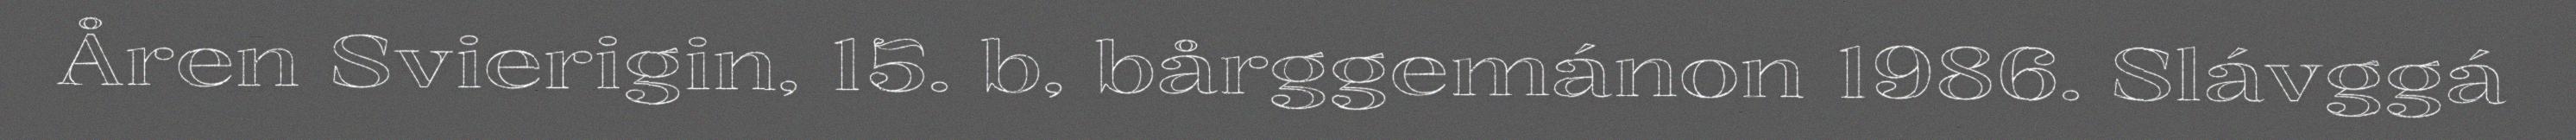
Åren Svierigin, 15. b, bårggemánon 1986. Slávggá